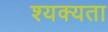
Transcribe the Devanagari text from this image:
श्यक्यता